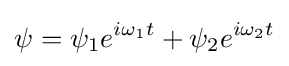
\psi =\psi _{1}e^{i\omega _{1}t}+\psi _{2}e^{i\omega _{2}t}